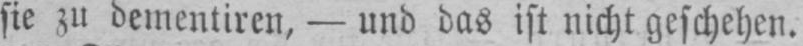
sie zu dementiren, - und das ist nicht geschehen.